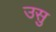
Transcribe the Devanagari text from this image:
उसु